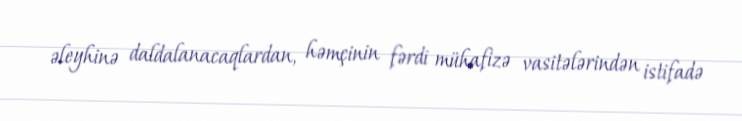
əleyhinə daldalanacaqlardan, həmçinin fərdi mühafizə vasitələrindən istifadə